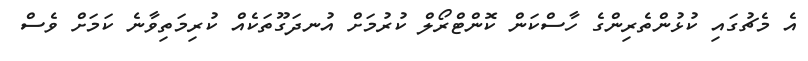
އެ މެޗުގައި ކުޅުންތެރިންގެ ހާސްކަން ކޮންޓްރޯލް ކުރުމަށް އުނދަގޫތަކެއް ކުރިމަތިވާނެ ކަމަށް ވެސް